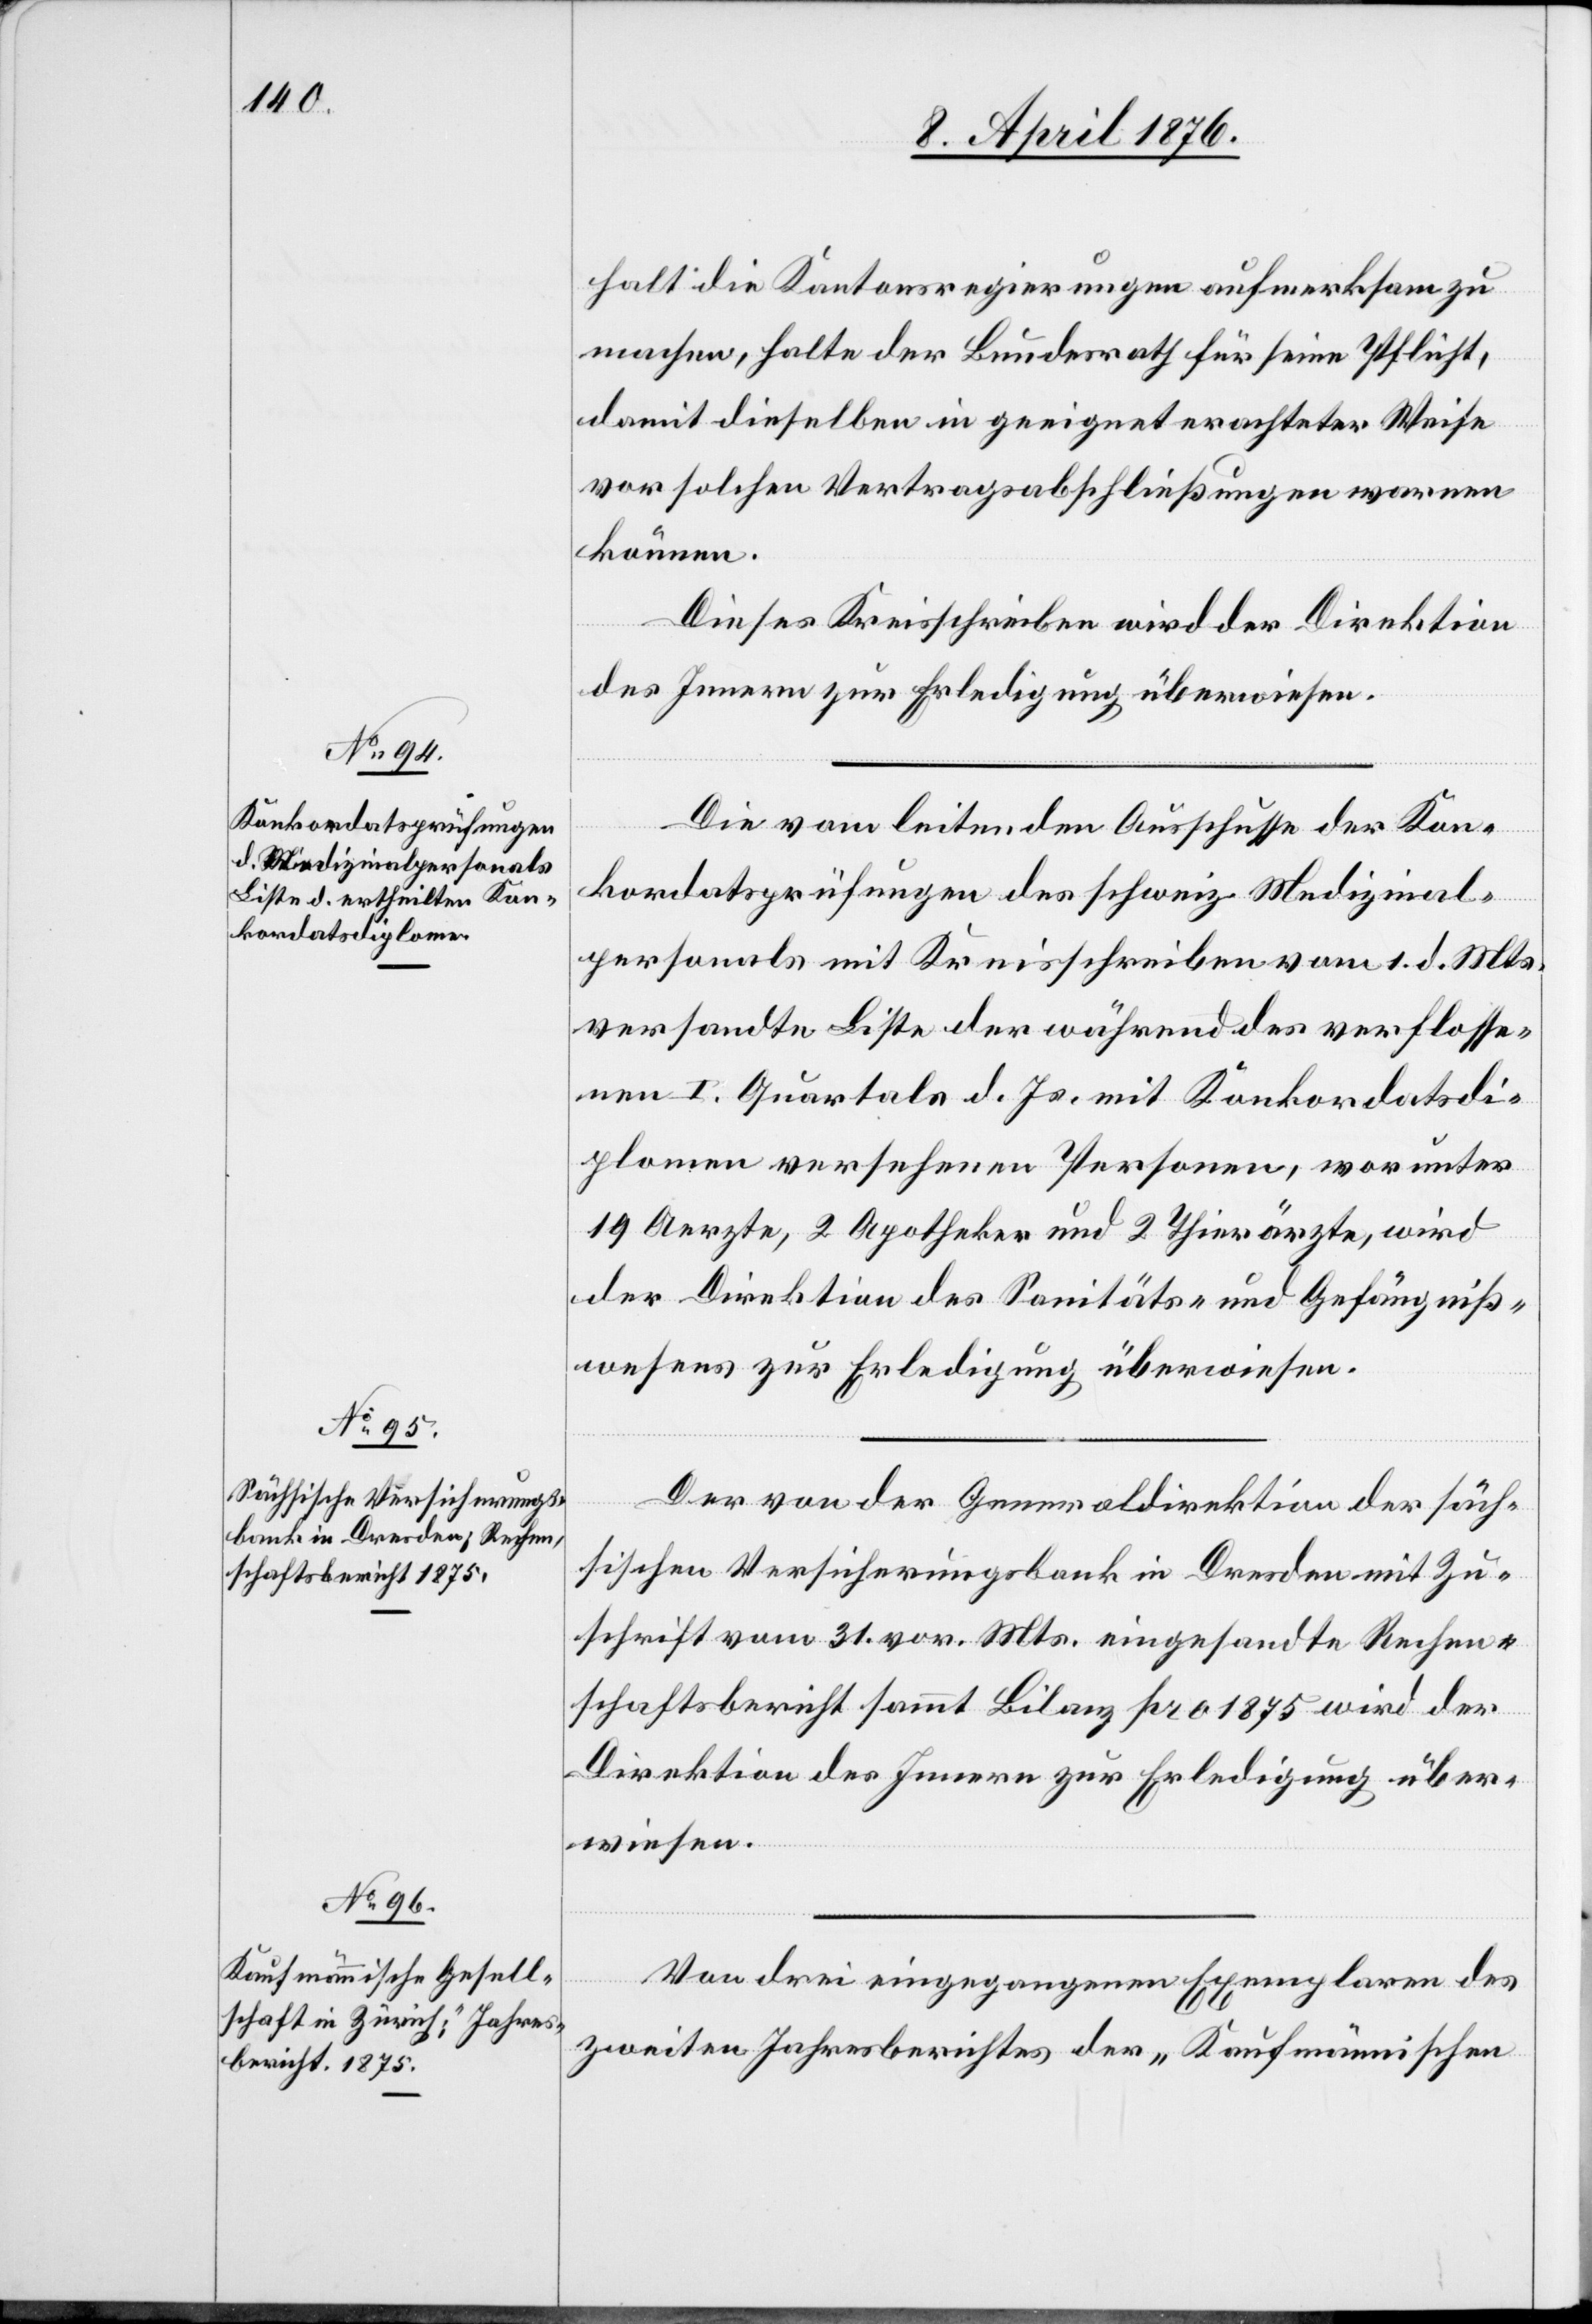
halt die Kantonsregierungen aufmerksam zu
machen, halte der Bundesrath für seine Pflicht,
damit dieselben in geeignet erachteter Weise
vor solchen Vertragsabschließungen warnen
können.
Dieses Kreisschreiben wird der Direktion
des Innern zur Erledigung überwiesen.
Die vom leitenden Ausschusse der Kon¬
kordatsprüfungen des schweiz. Medizinal¬
personals mit Kreisschreiben vom 1. d. Mts.
versandte Liste der während des verflosse¬
nen I. Quartals d. Js. mit Konkordatsdi¬
plomen versehenen Personen, worunter
19 Aerzte, 2 Apotheker und 2 Thierärzte, wird
der Direktion des Sanitäts- und Gefängniß¬
wesens zur Erledigung überwiesen.
Der von der Generaldirektion der säch¬
sischen Versicherungsbank in Dresden mit Zu¬
schrift vom 31. vor. Mts. eingesandte Rechen¬
schaftsbericht sammt Bilanz pro 1875 wird der
Direktion des Innern zur Erledigung über¬
wiesen.
Von drei eingegangenen Exemplaren des
zweiten Jahresberichtes der „Kaufmännischen